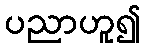
ပညာဟူ၍